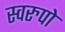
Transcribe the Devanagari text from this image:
स्वरुपो